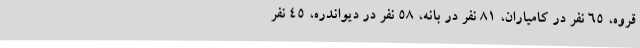
قروه، 65 نفر در کامیاران، 81 نفر در بانه، 58 نفر در دیواندره، 45 نفر